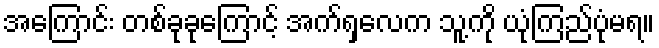
အကြောင်း တစ်ခုခုကြောင့် အက်ရှလေက သူ့ကို ယုံကြည်ပုံမရ။